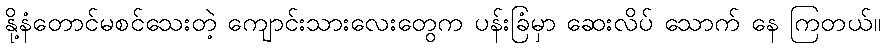
နို့နံတောင်မစင်သေးတဲ့ ကျောင်းသားလေးတွေက ပန်းခြံမှာ ဆေးလိပ် သောက် နေ ကြတယ်။